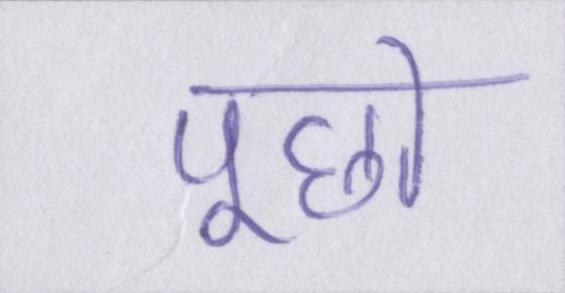
पूछो